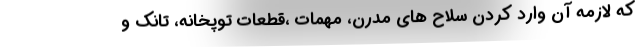
که لازمه آن وارد کردن سلاح های مدرن، مهمات ،قطعات توپخانه، تانک و